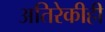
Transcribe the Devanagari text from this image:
अतिरेकीही